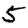
Digit: 5